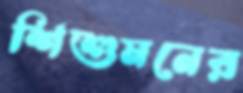
শিশুমনের